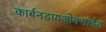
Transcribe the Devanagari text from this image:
कार्बनडायओक्साईड